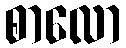
စာလော